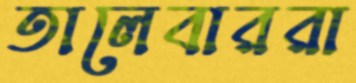
তালেবাররা